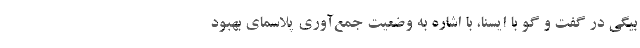
بیگی در گفت و گو با ایسنا، با اشاره به وضعیت جمع‌آوری پلاسمای بهبود